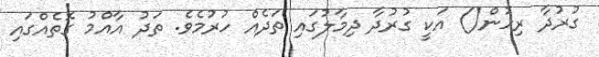
ގުރުދާ ރިހުން() އަކީ ގުރުދާ ދިމާލުގައި ތަދެއް ހުރުމެވެ. ތަދު އާއްމު ގޮތެއްގައި